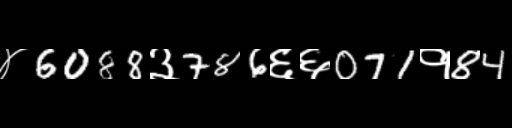
Text: ४6088३786६६071१84